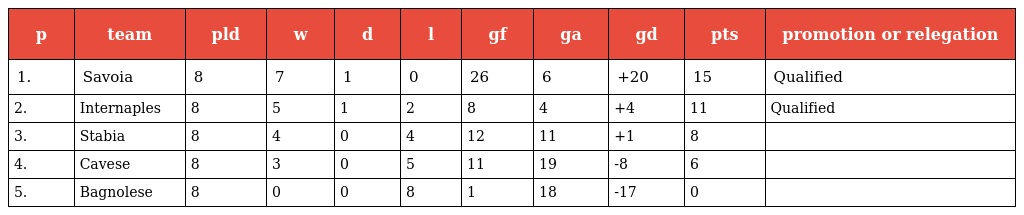
| p | team | pld | w | d | l | gf | ga | gd | pts | promotion or relegation |
 | --- | --- | --- | --- | --- | --- | --- | --- | --- | --- | --- |
 | 1. | Savoia | 8 | 7 | 1 | 0 | 26 | 6 | +20 | 15 | Qualified |
 | 2. | Internaples | 8 | 5 | 1 | 2 | 8 | 4 | +4 | 11 | Qualified |
 | 3. | Stabia | 8 | 4 | 0 | 4 | 12 | 11 | +1 | 8 |  |
 | 4. | Cavese | 8 | 3 | 0 | 5 | 11 | 19 | -8 | 6 |  |
 | 5. | Bagnolese | 8 | 0 | 0 | 8 | 1 | 18 | -17 | 0 |  |